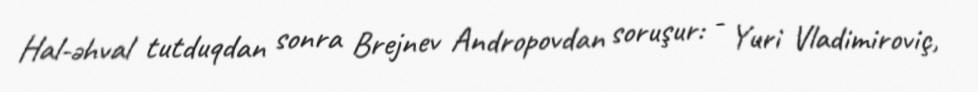
Hal-əhval tutduqdan sonra Brejnev Andropovdan soruşur: - Yuri Vladimiroviç,